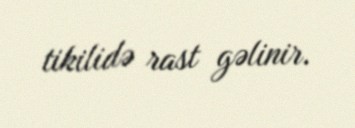
tikilidə rast gəlinir.